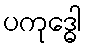
ပကုဒ္ဓေါ